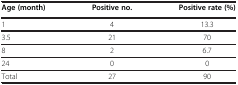
| Age (month) | Positive no. | Positive rate (%) |
 | --- | --- | --- |
 | 1 | 4 | 13.3 |
 | 3.5 | 21 | 70 |
 | 8 | 2 | 6.7 |
 | 24 | 0 | 0 |
 | Total | 27 | 90 |